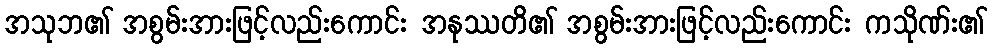
အသုဘ၏ အစွမ်းအားဖြင့်လည်းကောင်း အနုဿတိ၏ အစွမ်းအားဖြင့်လည်းကောင်း ကသိုဏ်း၏